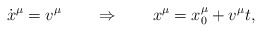
\begin{align*} \dot x^\mu = v^\mu \qquad \Rightarrow \qquad x^\mu = x_0^\mu +v^\mu t,\end{align*}